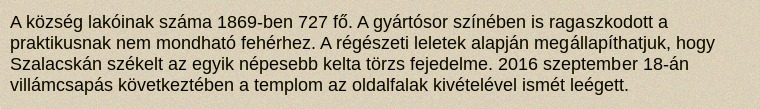
A község lakóinak száma 1869-ben 727 fő. A gyártósor színében is ragaszkodott a praktikusnak nem mondható fehérhez. A régészeti leletek alapján megállapíthatjuk, hogy Szalacskán székelt az egyik népesebb kelta törzs fejedelme. 2016 szeptember 18-án villámcsapás következtében a templom az oldalfalak kivételével ismét leégett.